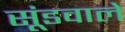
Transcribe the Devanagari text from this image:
सूंडवाले